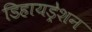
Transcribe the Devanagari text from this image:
डिहायड्रेशन